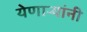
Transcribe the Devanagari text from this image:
येणार्‍यांनी